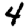
Digit: 4